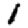
Digit: 1